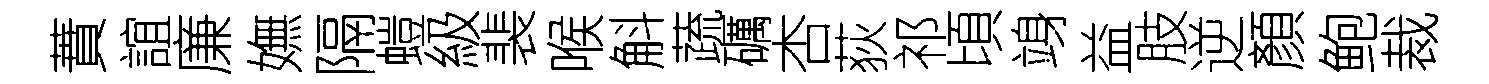
蕡誼廉嫵隔螘級裴喉斛蔬礪杏荻祁頃竧益肢逆顏鲍裁